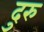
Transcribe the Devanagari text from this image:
दुरु